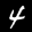
Digit: 4